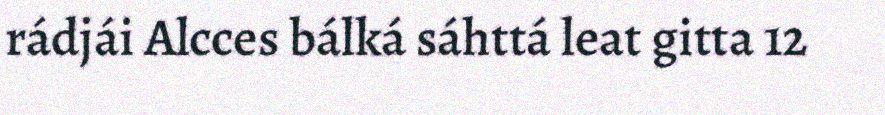
rádjái Alcces bálká sáhttá leat gitta 12